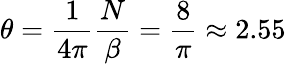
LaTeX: \theta=\frac{1}{4\pi}\frac{N}{\beta}=\frac{8}{\pi}\approx 2.55